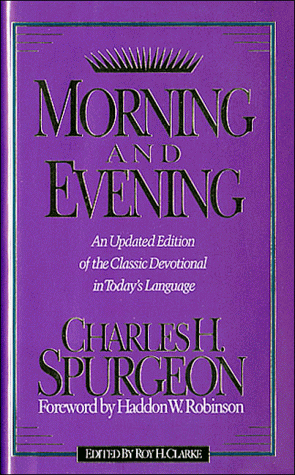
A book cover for Morning and Evening: An Updated Edition of the Classic Devotional in Today's Language; Charles H. Spurgeon; Christian Books & Bibles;